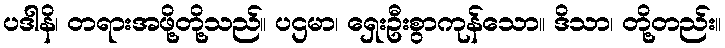
ပဒါနိ၊ တရားအဖို့တို့သည်။ ပဌမာ၊ ရှေးဦးစွာကုန်သော။ ဒိသာ၊ တို့တည်း။